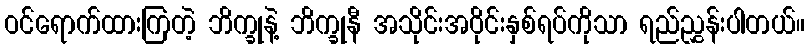
ဝင်ရောက်ထားကြတဲ့ ဘိက္ခုနဲ့ ဘိက္ခုနီ အသိုင်းအဝိုင်းနှစ်ရပ်ကိုသာ ရည်ညွှန်းပါတယ်။